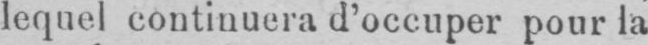
lequel continuera d’occuper pour la